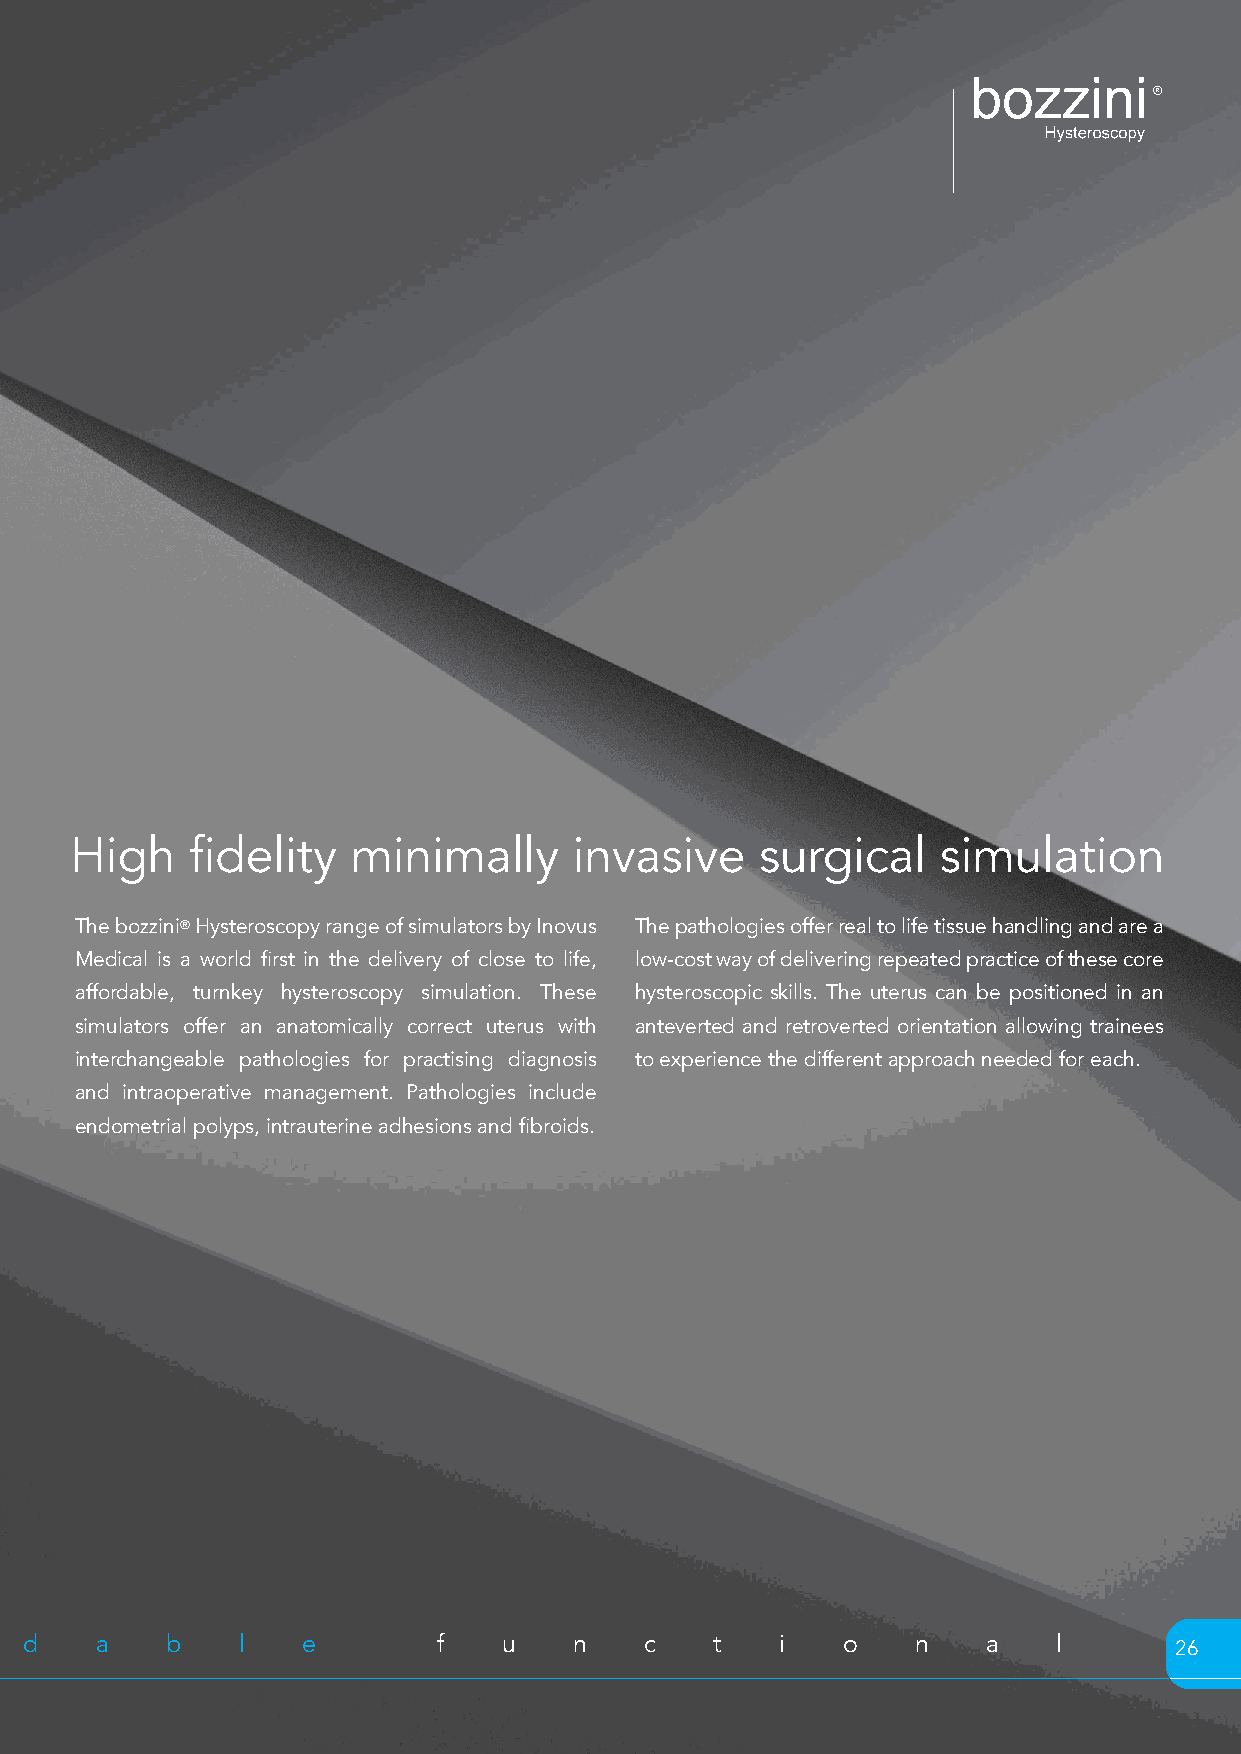
High   fidelity   minimally      invasive    surgical    simulation
 The bozzini® Hysteroscopy range of simulators by Inovus The pathologies offer real to life tissue handling and are a
 Medical is a world first in the delivery of close to life, low-cost way of delivering repeated practice of these core
 affordable, turnkey hysteroscopy simulation. These hysteroscopic skills. The uterus can be positioned in an
 simulators offer an anatomically correct uterus with anteverted and retroverted orientation allowing trainees
 interchangeable pathologies for practising diagnosis to experience the different approach needed for each.
 and intraoperative management. Pathologies include
 endometrial polyps, intrauterine adhesions and fibroids.
 a c c e s s i b l e a f f o r d a b l e f u n c t   i   o    n   a    l       26